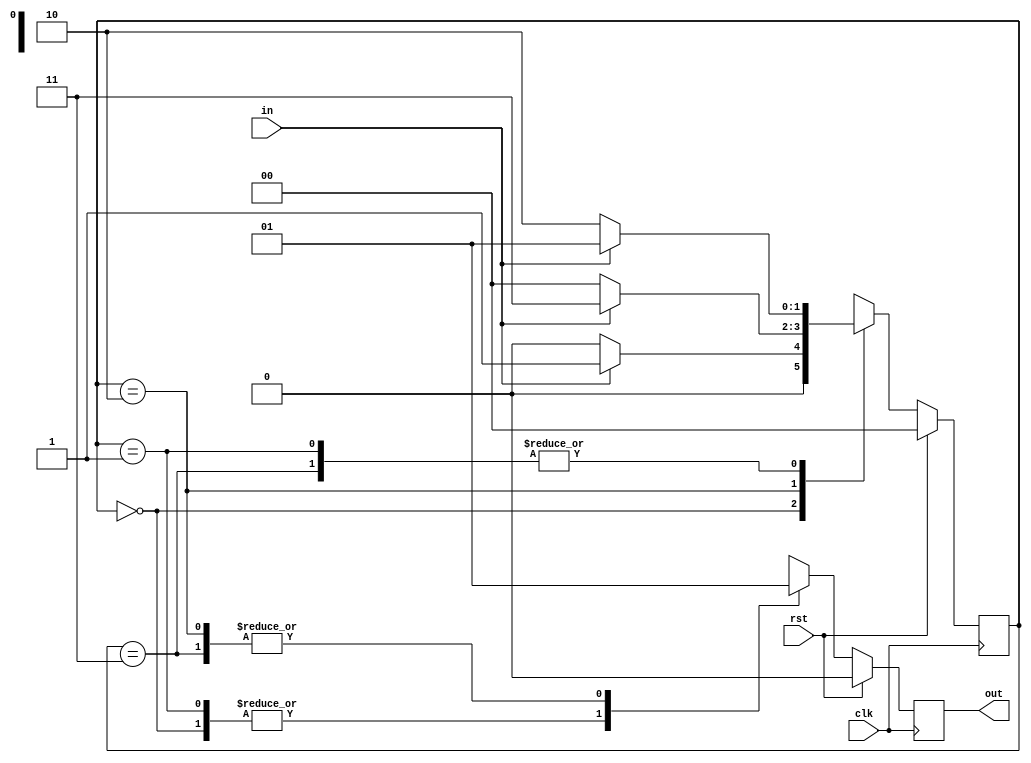

module moorefsm(input in,input clk,input rst,output reg out);
  reg [1:0] cst;//current state
  reg [1:0] nst;//next state
  parameter [1:0]s0=2'b00;
  parameter [1:0]s1=2'b01;
  parameter [1:0]s2=2'b10;
  parameter [1:0]s3=2'b11;
always@(posedge clk)
begin
  if(rst)begin
    out=1'b0;
    cst=s0;
    nst=s0;end
  else
    begin
    cst=nst;
    case(cst)
  s0:begin    
      out=1'b0; 
     if(in) 
       nst=s1;
     else begin
      nst=s0;end 
    end
  s1:begin
      out=1'b0; 
      if(in)
       nst=s1;
      else begin
       nst=s2;end
     end
  s2 :begin   
        out=1'b1;
        if(in)
         nst=s3;
        else begin
         nst=s0;end 
      end
  s3:begin    
        out=1'b1; 
       if(in) 
         nst=s1;
       else begin
       nst=s2 ;end
     end
    endcase
end
end
endmodule